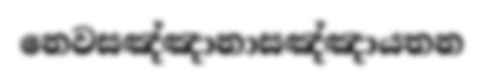
නෙවසඤ්ඤානාසඤ්ඤායතන